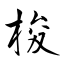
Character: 梭